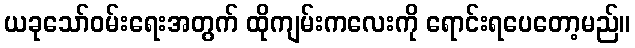
ယခုသော်ဝမ်းရေးအတွက် ထိုကျမ်းကလေးကို ရောင်းရပေတော့မည်။